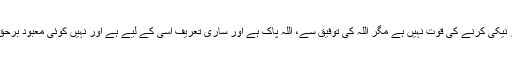
اور برائی سے بچنے کی طاقت اور نیکی کرنے کی قوت نہیں ہے مگر اللہ کی توفیق سے، اللہ پاک ہے اور ساری تعریف اسی کے لیے ہے اور نہیں کوئی معبود برحق مگر اللہ اور اللہ سب سے بڑا ہے۔